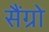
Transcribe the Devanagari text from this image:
सैंग्रो